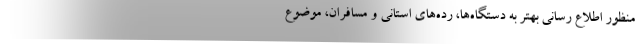
منظور اطلاع رسانی بهتر به دستگاه‌ها، رده‌های استانی و مسافران، موضوع